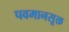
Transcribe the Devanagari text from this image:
पवमानसूक्त